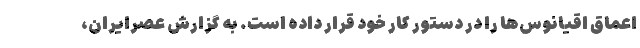
اعماق اقیانوس‌ها را در دستور کار خود قرار داده است. به گزارش عصرایران،